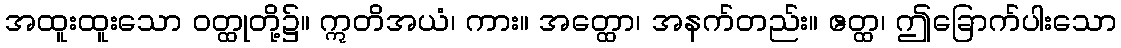
အထူးထူးသော ဝတ္ထုတို့၌။ ဣတိအယံ၊ ကား။ အတ္ထော၊ အနက်တည်း။ ဧတ္ထ၊ ဤခြောက်ပါးသော